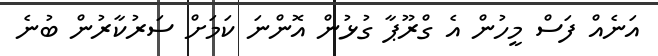
އަނެއް ފަސް މީހުން އެ ގްރޫޕާ ގުޅުން އޮންނަ ކަމަށް ސަރުކާރުން ބުނެ